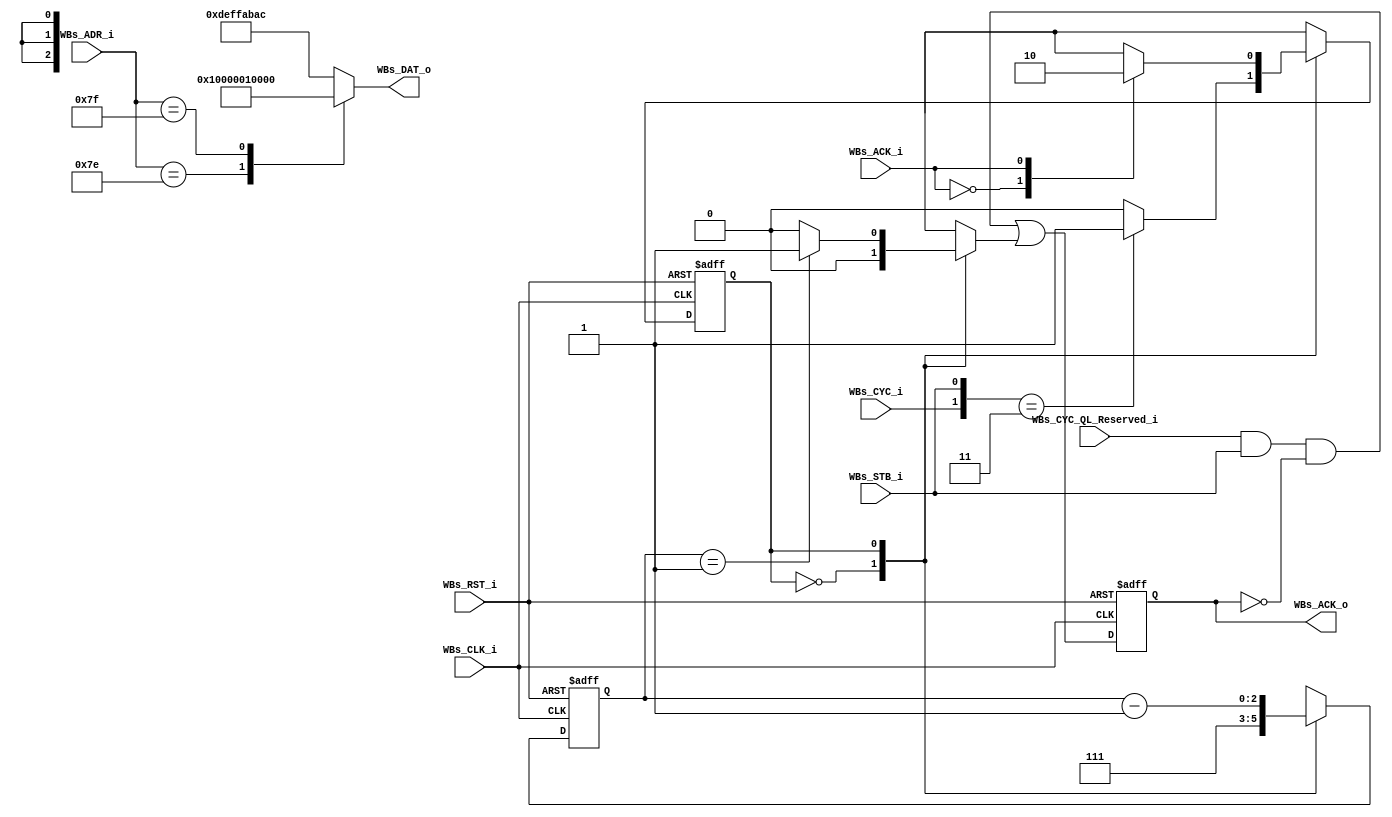
// -----------------------------------------------------------------------------
// title          : AL4S3B Example FPGA Register Module
// project        : Tamar2 Device
// -----------------------------------------------------------------------------
// company        : QuickLogic Corp
// last update    : 2016/02/03
// platform       : ArcticLink 4 S3B
// standard       : Verilog 2001
// -----------------------------------------------------------------------------
// description: The FPGA example IP design contains the essential logic for
//              interfacing the ASSP of the AL4S3B to QuickLogic reserved registers 
//              and memory located in the programmable FPGA.
// -----------------------------------------------------------------------------
// copyright (c) 2016
// -----------------------------------------------------------------------------
// revisions  :
// date            version    author         description
// 2016/02/03      1.0        Glen Gomes     Initial Release
//
// -----------------------------------------------------------------------------
// Comments: This solution is specifically for use with the QuickLogic
//           AL4S3B device. 
// -----------------------------------------------------------------------------
//

`timescale 1ns / 10ps


module AL4S3B_FPGA_QL_Reserved ( 

                         // AHB-To_FPGA Bridge I/F
                         //
                         WBs_ADR_i            ,
                         WBs_CYC_QL_Reserved_i,
                         WBs_CYC_i            ,
                         WBs_STB_i            ,
                         WBs_CLK_i            ,
                         WBs_RST_i            ,
                         WBs_DAT_o            ,
                         WBs_ACK_i            ,
                         WBs_ACK_o

                         );


//------Port Parameters----------------
//

parameter                ADDRWIDTH                   =  10           ;   // Allow for up to 128 registers in the FPGA
parameter                DATAWIDTH                   =  32           ;   // Allow for up to 128 registers in the FPGA

parameter                QL_RESERVED_CUST_PROD_ADR   =  7'h7E        ;
parameter                QL_RESERVED_REVISIONS_ADR   =  7'h7F        ;

parameter                QL_RESERVED_CUSTOMER_ID     =  8'h01        ;  
parameter                QL_RESERVED_PRODUCT_ID      =  8'h00        ;
parameter                QL_RESERVED_MAJOR_REV       = 16'h0001      ; 
parameter                QL_RESERVED_MINOR_REV       = 16'h0000      ;

parameter                QL_RESERVED_DEF_REG_VALUE   = 32'hDEF_FAB_AC; // Distinguish access to undefined area

parameter                DEFAULT_CNTR_WIDTH          =  3            ;
parameter                DEFAULT_CNTR_TIMEOUT        =  7            ;


//------Port Signals-------------------
//

// AHB-To_FPGA Bridge I/F
//
input   [ADDRWIDTH-1:0]  WBs_ADR_i            ; // Address Bus                to   FPGA
input                    WBs_CYC_QL_Reserved_i; // Cycle Chip Select          to   FPGA
input                    WBs_CYC_i            ; // Cycle Chip Select          to   FPGA
input                    WBs_STB_i            ; // Strobe Signal              to   FPGA
input                    WBs_CLK_i            ; // FPGA Clock               from FPGA
input                    WBs_RST_i            ; // FPGA Reset               to   FPGA
output  [DATAWIDTH-1:0]  WBs_DAT_o            ; // Read Data Bus              from FPGA
input                    WBs_ACK_i            ;
output                   WBs_ACK_o            ; // Transfer Cycle Acknowledge from FPGA


// FPGA Global Signals
//
wire                     WBs_CLK_i            ; // Wishbone FPGA Clock
wire                     WBs_RST_i            ; // Wishbone FPGA Reset

// Wishbone Bus Signals
//
wire    [ADDRWIDTH-1:0]  WBs_ADR_i            ; // Wishbone Address Bus
wire                     WBs_CYC_QL_Reserved_i; // Cycle Chip Select          to   FPGA
wire                     WBs_CYC_i            ; // Wishbone Client Cycle  Strobe (i.e. Chip Select)
wire                     WBs_STB_i            ; // Wishbone Transfer      Strobe
 
reg     [DATAWIDTH-1:0]  WBs_DAT_o            ; // Wishbone Read   Data Bus

wire                     WBs_ACK_i            ;

reg                      WBs_ACK_o            ; // Wishbone Client Acknowledge
wire                     WBs_ACK_o_nxt        ; // Wishbone Client Acknowledge


//------Define Parameters--------------
//

// Default I/O timeout statemachine
//
parameter                DEFAULT_IDLE   =  0  ;
parameter                DEFAULT_COUNT  =  1  ;


//------Internal Signals---------------
//

// Wishbone Bus Signals - Default acknowledge
//
reg                            Default_State      ;
reg                            Default_State_nxt  ;

reg  [DEFAULT_CNTR_WIDTH-1:0]  Default_Cntr       ;
reg  [DEFAULT_CNTR_WIDTH-1:0]  Default_Cntr_nxt   ;

reg                            WBs_ACK_Default_nxt;        // Wishbone Client Acknowledge


//------Logic Operations---------------
//


// Define the Default Acknowledge Statemachine's register
//
// Note: The Default Acknowledge statemachine will acknowledge any accesss to
//       the FPGA after a fixed timeout period. The timeout period is long
//       enough to allow any instantiated IP to acknowledge the incomming
//       transfer cycle. If a timeout happens, this means that the AHB access
//       is not going to an address occupied by one of the FPGA IPs. By
//       acknowledging these accesses, the AHB bus is not left to wait
//       indefinitly for a Wishbone bus acknowledge that never comes.
//
always @( posedge WBs_CLK_i or posedge WBs_RST_i)
begin
    if (WBs_RST_i)
    begin
        Default_State      <=  DEFAULT_IDLE        ;
        Default_Cntr       <=  DEFAULT_CNTR_TIMEOUT;
        WBs_ACK_o          <=  1'b0                ;
    end  
    else
    begin
        Default_State      <=  Default_State_nxt   ;
        Default_Cntr       <=  Default_Cntr_nxt    ;
        WBs_ACK_o          <=  WBs_ACK_o_nxt 
                            |  WBs_ACK_Default_nxt ;
    end  
end


// Define the Wishbone bus transfer default acknowledge
//
// Note: This acknowledge prevents access to the FPGA from locking the AHB
//       bus due to I/O to unassigned FPGA aperture addresses.
//
always @(WBs_CYC_i     or
         WBs_STB_i     or
         WBs_ACK_i     or
         Default_State or
         Default_Cntr
        )
begin
    case(Default_State)
    DEFAULT_IDLE:  // Wait for a transfer in the FPGA memory aperture
    begin
        Default_Cntr_nxt           <= DEFAULT_CNTR_TIMEOUT ;
        WBs_ACK_Default_nxt        <= 1'b0                 ;

        case({WBs_CYC_i, WBs_STB_i})
        default: Default_State_nxt <= DEFAULT_IDLE         ;
        2'b11  : Default_State_nxt <= DEFAULT_COUNT        ;
        endcase
    end
    DEFAULT_COUNT: // Check if one of the FPGA IP's has responded before the timeout period
    begin
        Default_Cntr_nxt           <= Default_Cntr - 1'b1  ; 

        case(WBs_ACK_i)
        1'b0: Default_State_nxt    <= DEFAULT_COUNT        ;
        1'b1: Default_State_nxt    <= DEFAULT_IDLE         ;
        endcase

        if (Default_Cntr == {{(DEFAULT_CNTR_WIDTH-1){1'b0}}, 1'b1}) 
            WBs_ACK_Default_nxt    <= 1'b1                 ;
        else
            WBs_ACK_Default_nxt    <= 1'b0                 ;
    end
    default:       // Something unexpected happend, return to "Idle".
    begin
        Default_State_nxt          <=  DEFAULT_IDLE        ;
        Default_Cntr_nxt           <=  DEFAULT_CNTR_TIMEOUT;
        WBs_ACK_Default_nxt        <=  1'b0                ;
    end
    endcase
end


// Define the Acknowledge back to the host for the "reserved" registers
//
assign WBs_ACK_o_nxt = WBs_CYC_QL_Reserved_i & WBs_STB_i & (~WBs_ACK_o);


// Define the how to read the local registers and memory
//
always @(
         WBs_ADR_i
        )
begin
    case(WBs_ADR_i[ADDRWIDTH-1:0])
    QL_RESERVED_CUST_PROD_ADR   : WBs_DAT_o <= { 16'h0, QL_RESERVED_CUSTOMER_ID, QL_RESERVED_PRODUCT_ID };
    QL_RESERVED_REVISIONS_ADR   : WBs_DAT_o <= {        QL_RESERVED_MAJOR_REV  , QL_RESERVED_MINOR_REV  };
	default                     : WBs_DAT_o <=          QL_RESERVED_DEF_REG_VALUE                        ;
	endcase
end

endmodule